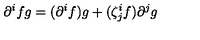
\partial ^ { i } f g = ( \partial ^ { i } f ) g + ( \zeta _ { j } ^ { i } f ) \partial ^ { j } g